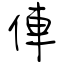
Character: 俥